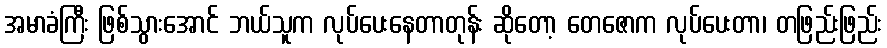
အမာခံကြီး ဖြစ်သွားအောင် ဘယ်သူက လုပ်ပေးနေတာတုန်း ဆိုတော့ တေဇောက လုပ်ပေးတာ၊ တဖြည်းဖြည်း